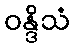
ဝန္ဒိသံ